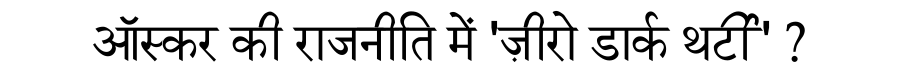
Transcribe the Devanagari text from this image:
ऑस्कर की राजनीति में 'ज़ीरो डार्क थर्टी' ?